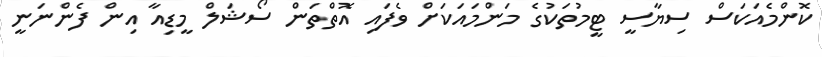
ކޮންމެއަކަސް ސިޔާސީ ޓީމުތަކުގެ މަންމައަކަށް ވެފައި އޮތްތަން ސޯޝަލް މީޑިއާ އިން ފެންނަނީ